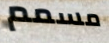
مسمم